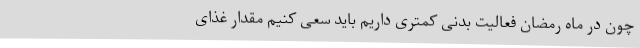
چون در ماه رمضان فعالیت بدنی کمتری داریم باید سعی کنیم مقدار غذای